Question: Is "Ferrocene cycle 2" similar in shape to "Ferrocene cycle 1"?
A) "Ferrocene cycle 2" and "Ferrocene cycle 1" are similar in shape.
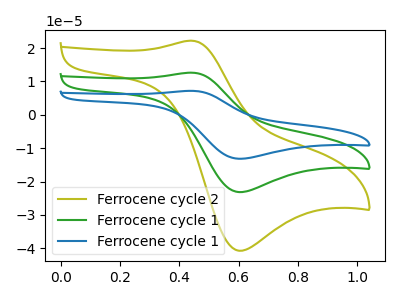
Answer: <think>The olive curve "Ferrocene cycle 2" has an anodic peak at (0.45V, 22.20uA) and a cathodic peak at (0.60V, -40.70uA). The green curve "Ferrocene cycle 1" has an anodic peak at (0.45V, 12.60uA) and a cathodic peak at (0.60V, -23.15uA). The blue curve "Ferrocene cycle 1" has an anodic peak at (0.45V, 25.25uA) and a cathodic peak at (0.60V, -46.25uA).
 All the peaks in "Ferrocene cycle 2" have a peak in "Ferrocene cycle 1" at the same potential. Every peak in "Ferrocene cycle 2" is higher than every peak in "Ferrocene cycle 1".</think>
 <answer>A) "Ferrocene cycle 2" and "Ferrocene cycle 1" are similar in shape.</answer>
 <eval>A</eval>